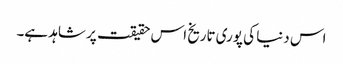
اس دنیا کی پوری تاریخ اس حقیقت پر شاہد ہے۔